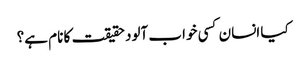
کیا انسان کسی خواب آلود حقیقت کا نام ہے؟